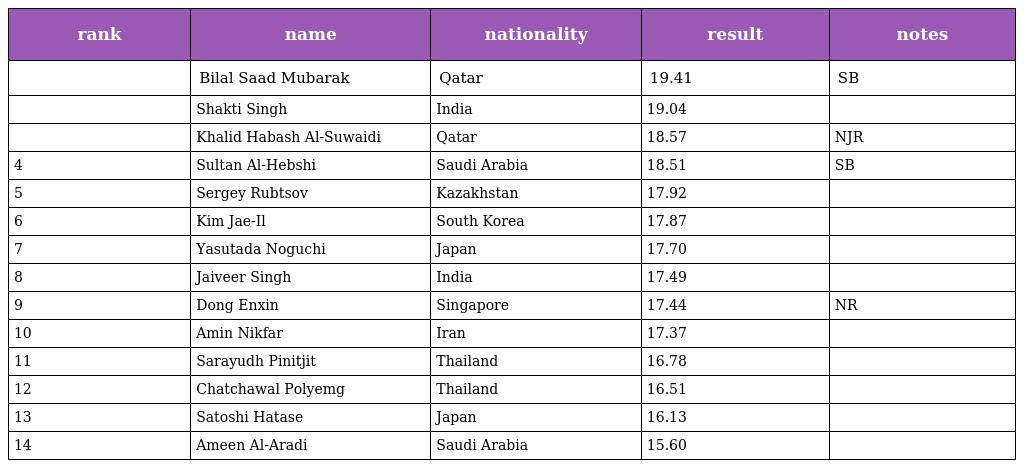
| rank | name | nationality | result | notes |
 | --- | --- | --- | --- | --- |
 |  | Bilal Saad Mubarak | Qatar | 19.41 | SB |
 |  | Shakti Singh | India | 19.04 |  |
 |  | Khalid Habash Al-Suwaidi | Qatar | 18.57 | NJR |
 | 4 | Sultan Al-Hebshi | Saudi Arabia | 18.51 | SB |
 | 5 | Sergey Rubtsov | Kazakhstan | 17.92 |  |
 | 6 | Kim Jae-Il | South Korea | 17.87 |  |
 | 7 | Yasutada Noguchi | Japan | 17.70 |  |
 | 8 | Jaiveer Singh | India | 17.49 |  |
 | 9 | Dong Enxin | Singapore | 17.44 | NR |
 | 10 | Amin Nikfar | Iran | 17.37 |  |
 | 11 | Sarayudh Pinitjit | Thailand | 16.78 |  |
 | 12 | Chatchawal Polyemg | Thailand | 16.51 |  |
 | 13 | Satoshi Hatase | Japan | 16.13 |  |
 | 14 | Ameen Al-Aradi | Saudi Arabia | 15.60 |  |